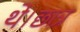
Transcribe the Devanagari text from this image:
थे।छात्र